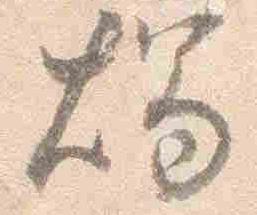
燭